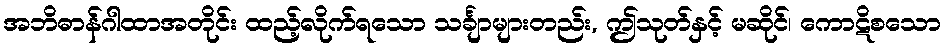
အဘိဓာန်ဂါထာအတိုင်း ထည့်လိုက်ရသော သင်္ချာများတည်း, ဤသုတ်နှင့် မဆိုင်၊ ကောဋိစသော